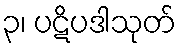
၃၊ ပဋိပဒါသုတ်